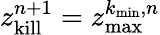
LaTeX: z_{\mathrm{kill}}^{n+1}=z_{\mathrm{max}}^{k_{\mathrm{min}},n}